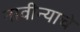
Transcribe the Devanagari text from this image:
नावीन्याचे